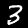
Label: 3